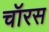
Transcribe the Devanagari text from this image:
चॉरस